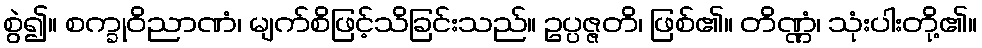
စွဲ၍။ စက္ခုဝိညာဏံ၊ မျက်စိဖြင့်သိခြင်းသည်။ ဥပ္ပဇ္ဇတိ၊ ဖြစ်၏။ တိဏ္ဏံ၊ သုံးပါးတို့၏။